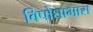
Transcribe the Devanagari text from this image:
विपोधाभास